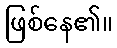
ဖြစ်နေ၏။